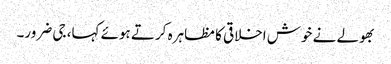
بھولے نے خوش اخلاقی کا مظاہرہ کرتے ہوئے کہا، جی ضرور۔